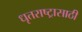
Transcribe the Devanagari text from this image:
धृतराष्ट्रासाठी